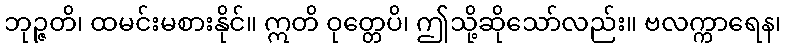
ဘုဉ္ဇတိ၊ ထမင်းမစားနိုင်။ ဣတိ ဝုတ္တေပိ၊ ဤသို့ဆိုသော်လည်း။ ဗလက္ကာရေန၊